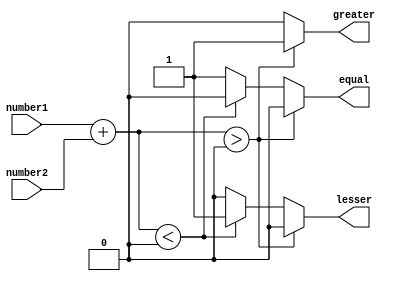
module arithmetic_comparator (
    input signed [7:0] number1,
    input signed [7:0] number2,
    output reg greater,
    output reg lesser,
    output reg equal
);

//Adder and subtractor blocks
reg [7:0] sum, difference;

always @(*) begin
    sum = number1 + number2;
    difference = number1 - number2;
end

//Comparison logic
always @(*) begin
    if (sum > 0) begin
        greater = 1;
        lesser = 0;
        equal = 0;
    end else if (sum < 0) begin
        greater = 0;
        lesser = 1;
        equal = 0;
    end else begin
        greater = 0;
        lesser = 0;
        equal = 1;
    end
end

endmodule